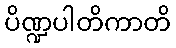
ပိဏ္ဍပါတိကာတိ